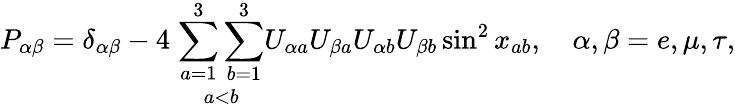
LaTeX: P_{\alpha\beta}=\delta_{\alpha\beta}-4\; \underset{a<b}{\sum_{a=1}^{3}\sum_{b=1}^{3}}U_{\alpha a}U_{\beta a}U_{\alpha b}U_{\beta b}\sin^{2}x_{ab},\quad\alpha,\beta=e,\mu,\tau,